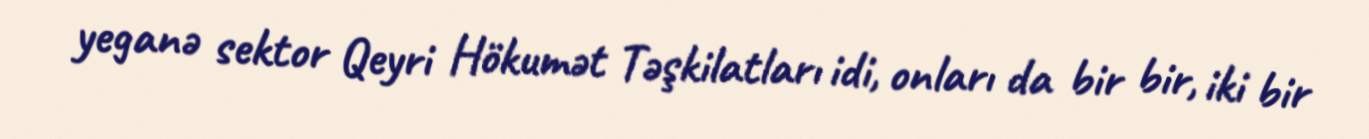
yeganə sektor Qeyri Hökumət Təşkilatları idi, onları da bir bir, iki bir